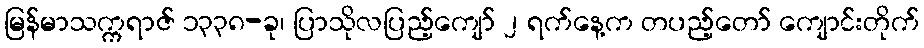
မြန်မာသက္ကရာဇ် ၁၃၃၈-ခု၊ ပြာသိုလပြည့်ကျော် ၂ ရက်နေ့က တပည့်တော် ကျောင်းတိုက်